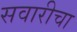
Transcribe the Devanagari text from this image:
सवारीचा